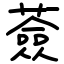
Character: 薟